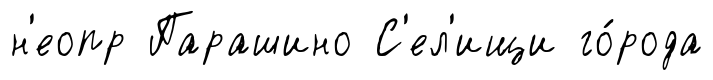
н'еопр Парашино С'ел'ищи го́рода